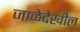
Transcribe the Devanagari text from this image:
जाळेदेखील